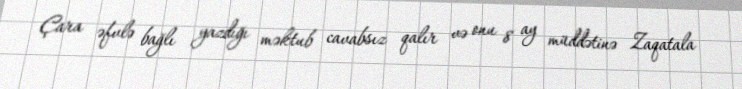
Çara əfvlə bağlı yazdığı məktub cavabsız qalır və onu 8 ay müddətinə Zaqatala